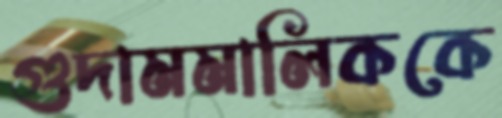
গুদামমালিককে